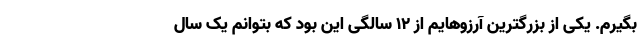
بگیرم. یکی از بزرگترین آرزوهایم از ۱۲ سالگی این بود که بتوانم یک سال